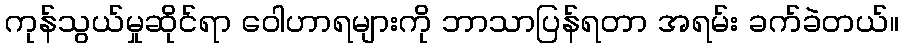
ကုန်သွယ်မှုဆိုင်ရာ ဝေါဟာရများကို ဘာသာပြန်ရတာ အရမ်း ခက်ခဲတယ်။